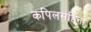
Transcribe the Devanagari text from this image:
कपिलसंहिता